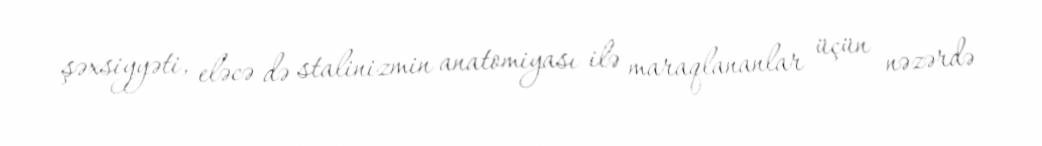
şəxsiyyəti, eləcə də stalinizmin anatomiyası ilə maraqlananlar üçün nəzərdə